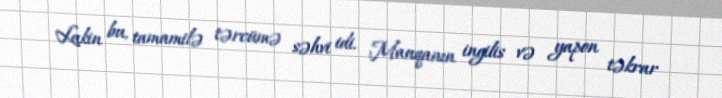
Lakin bu, tamamilə tərcümə səhvi idi. Manqanın ingilis və yapon təkrar